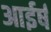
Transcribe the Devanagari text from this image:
आईर्ष